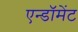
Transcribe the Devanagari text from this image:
एन्‍डॉमेंट